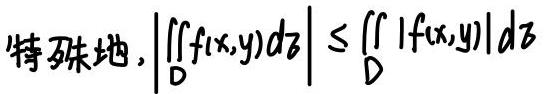
特殊地$,\left|\iint_Df(x,y)d\sigma\right|\leq\iint_D\left|f(x,y)\right|d\sigma$